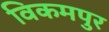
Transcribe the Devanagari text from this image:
विकमपुर